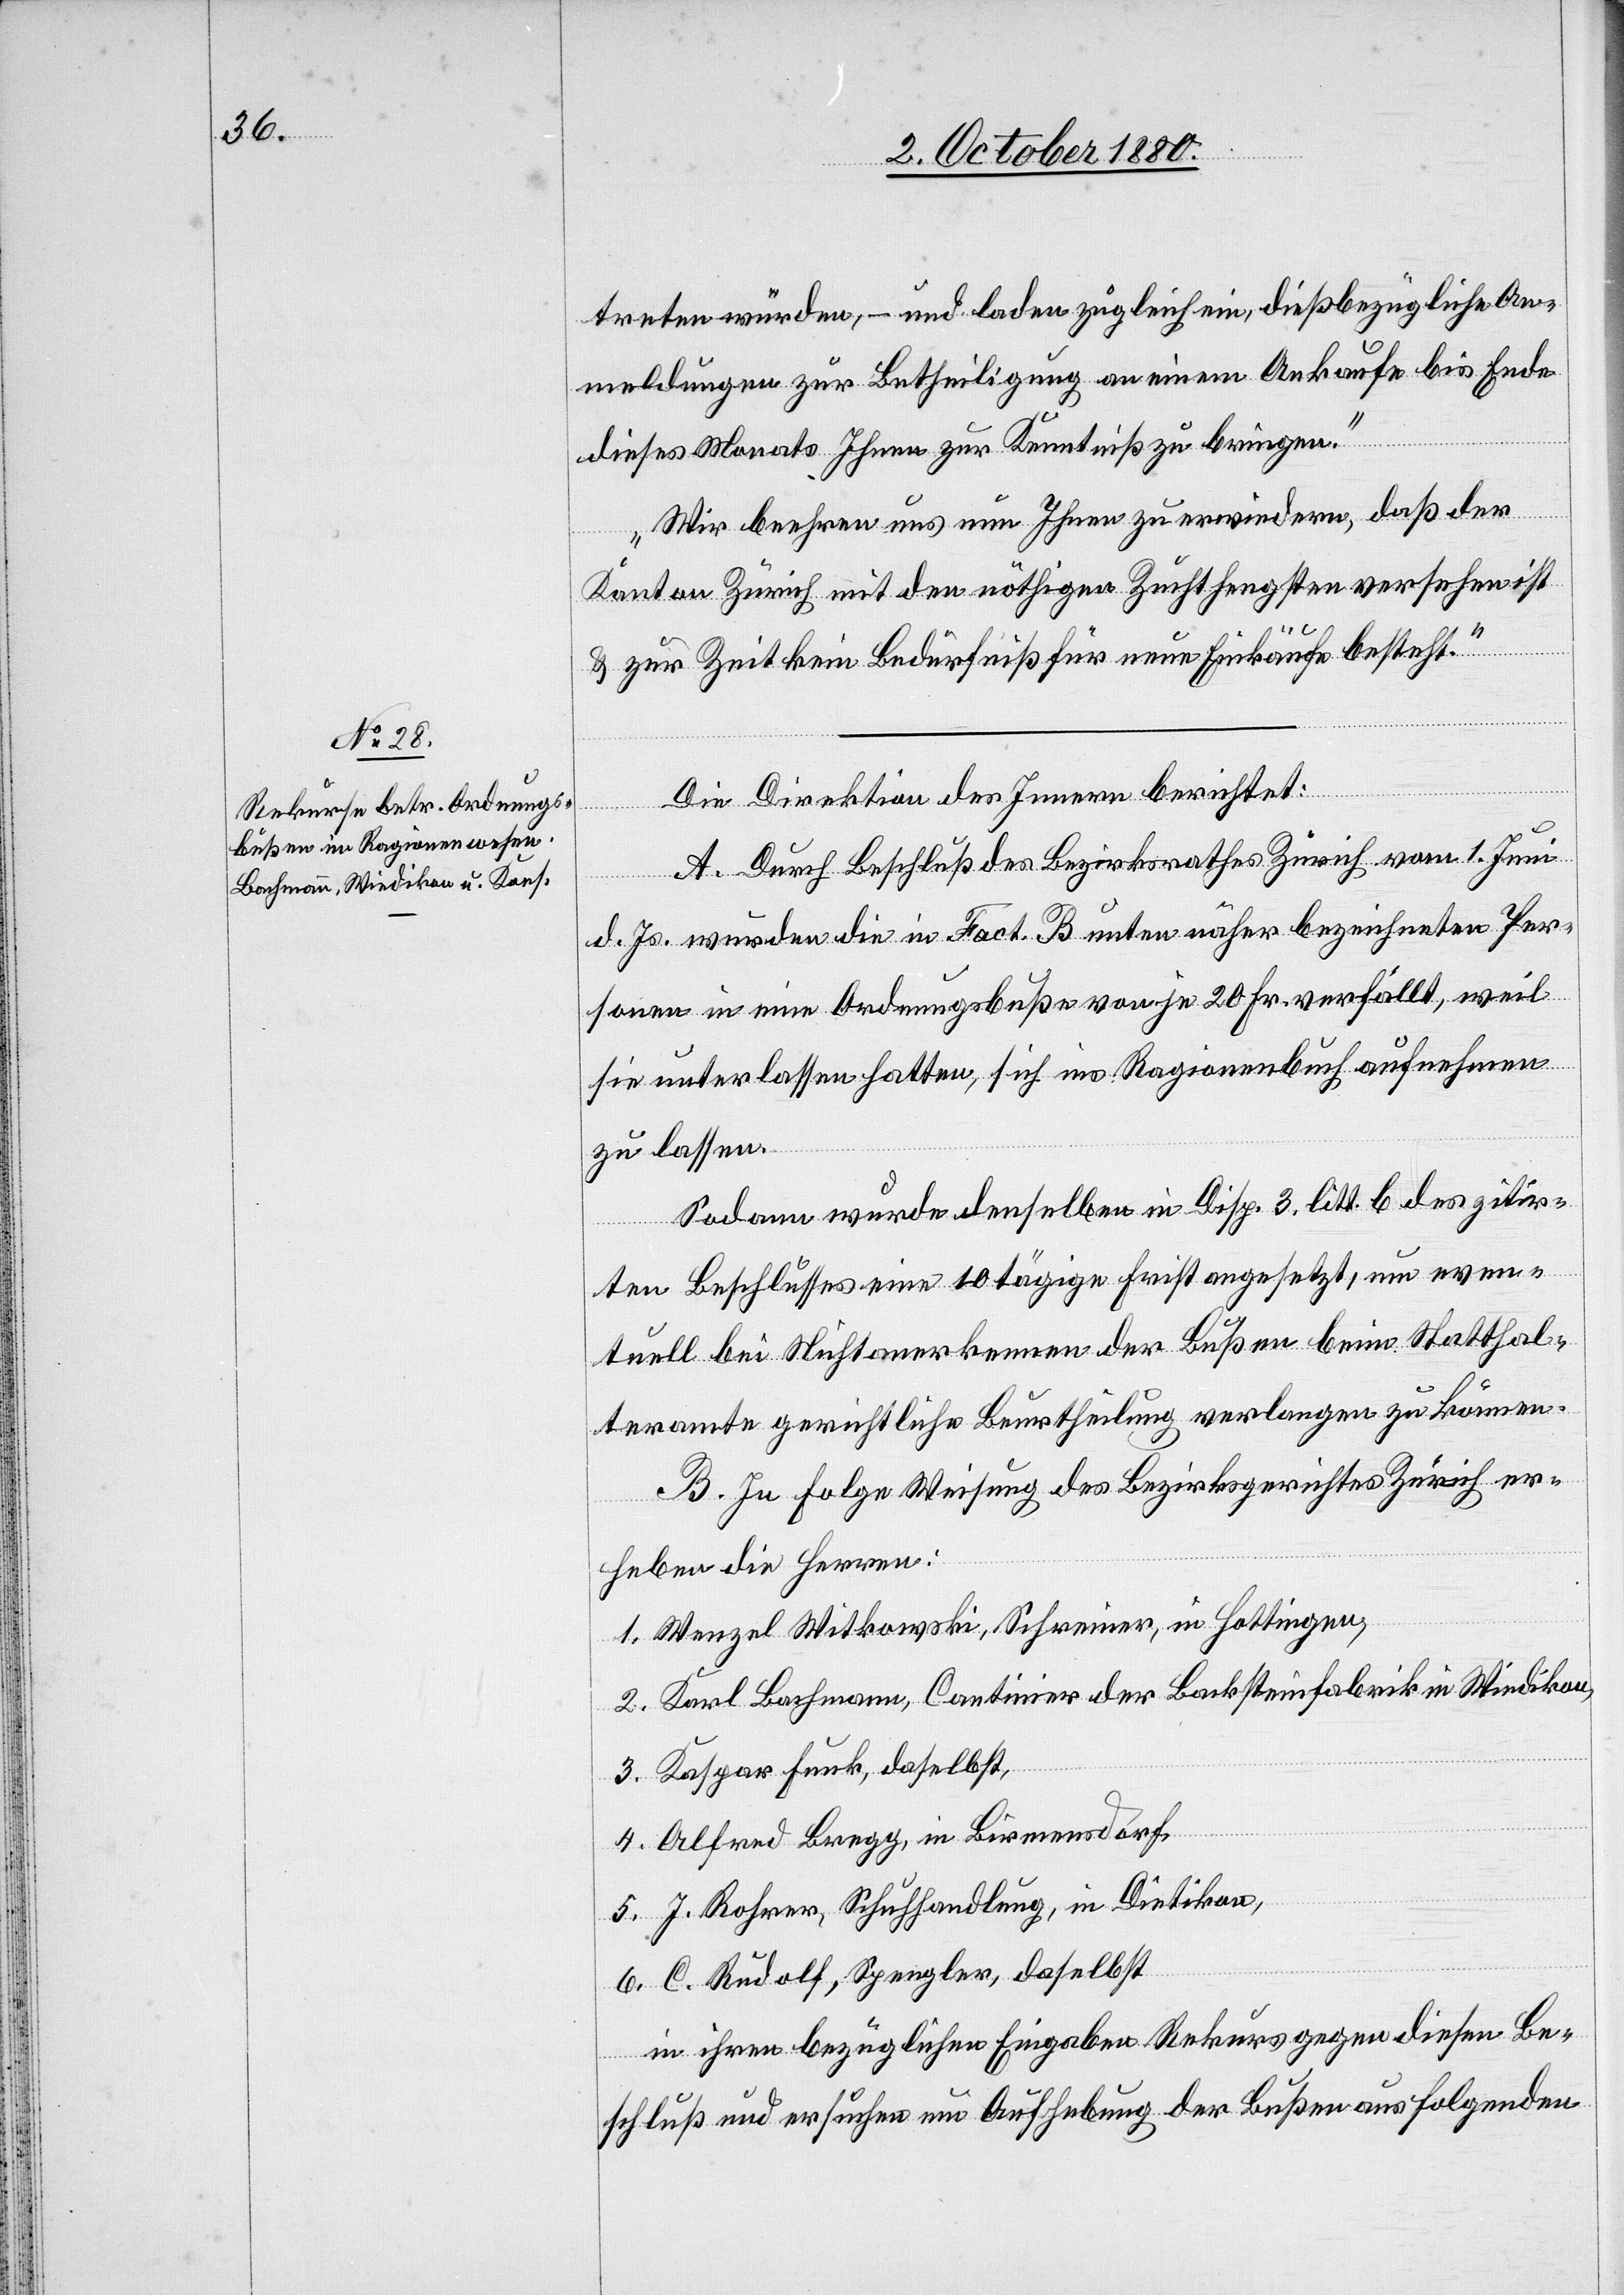
treten würden, – und laden zugleich ein, dießbezügliche An¬
meldungen zur Betheiligung an einen Ankaufe bis Ende
dieses Monats Ihnen zur Kenntniß zu bringen.
Wir beehren uns nun Ihnen zu erwiedern, daß der
Kanton Zürich mit den nöthigen Zuchthengsten versehen ist
& zur Zeit kein Bedürfniß für neue Einkäufe besteht.“
Die Direktion des Innern berichtet:
A. Durch Beschluß des Bezirksrathes Zürich vom 1. Juni
d. Js. wurden die in Fact. B unten näher bezeichneten Per¬
sonen in eine Ordnungsbuße von je 20 Fr. verfällt, weil
sie unterlassen hatten, sich ins Ragionenbuch aufnehmen
zu lassen.
Sodann wurde denselben in Disp. 3 litt. b des zitir¬
ten Beschlusses eine 10tägige Frist angesetzt, um even¬
tuell bei Nichtanerkennen der Bußen beim Statthal¬
teramte gerichtliche Beurtheilung verlangen zu können.
B. In Folge Weisung des Bezirksgerichtes Zürich er¬
heben die Herren:
1. Wenzel Witkowski, Schreiner, in Hottingen,
2. Karl Bachmann, Continier der Backsteinfabrik in Wiedikon,
3. Kaspar Funk, daselbst,
4. Alfred Bregg, in Birmensdorf,
5. J. Rohrer, Schuhhandlung, in Dietikon,
6. C. Rudolf, Spengler, daselbst
in ihren bezüglichen Eingaben Rekurs gegen diesen Be¬
schluß und ersuchen um Aufhebung der Bußen aus folgenden